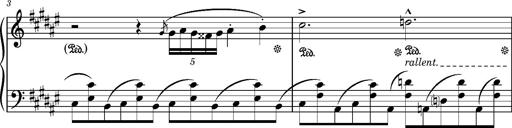
Title: Album-Leaf 'Apparition 1', S.166z
Composer: Franz Liszt
Key: F-sharp minor